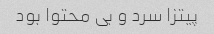
پیتزا سرد و بی محتوا بود